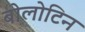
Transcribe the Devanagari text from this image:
बोलोटिन